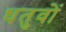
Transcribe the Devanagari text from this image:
धतुवों